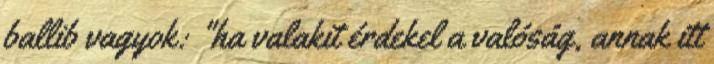
ballib vagyok: "ha valakit érdekel a valóság, annak itt